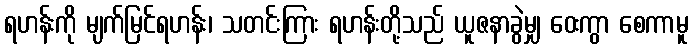
ရဟန်းကို မျက်မြင်ရဟန်း၊ သတင်းကြား ရဟန်းတို့သည် ယူဇနာခွဲမျှ ဝေးကွာ စေကာမူ